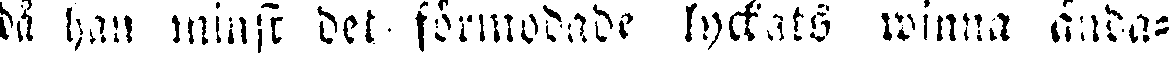
då han minst det förmådade lyckats winna ända-